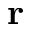
\textbf { r }